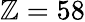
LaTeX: \mathbb{Z}=58